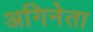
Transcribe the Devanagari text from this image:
अगिनेता